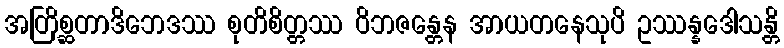
အတြိစ္ဆတာဒိဘေဒဿ စုတိစိတ္တဿ ဝိဘဇန္တေန အာယတနေသုပိ ဥဿန္နဒေါသန္တိ